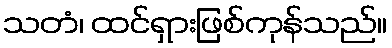
သတံ၊ ထင်ရှားဖြစ်ကုန်သည်။